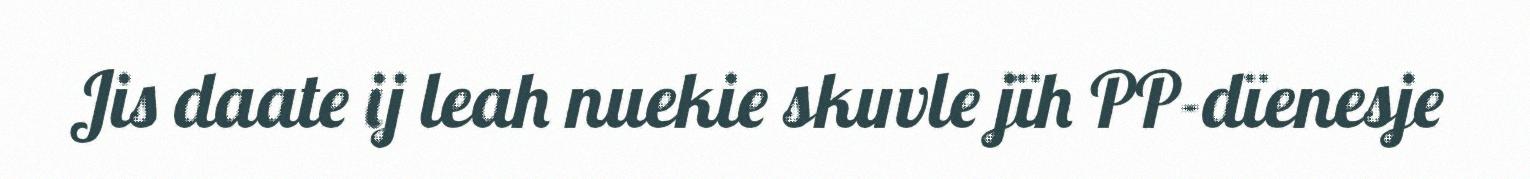
Jis daate ij leah nuekie skuvle jïh PP-dïenesje